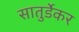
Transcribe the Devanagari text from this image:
सातुर्डेकर